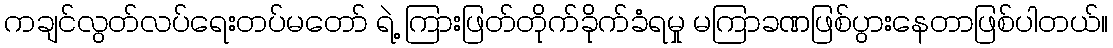
ကချင်လွတ်လပ်ရေးတပ်မတော် ရဲ့ ကြားဖြတ်တိုက်ခိုက်ခံရမှု မကြာခဏဖြစ်ပွားနေတာဖြစ်ပါတယ်။